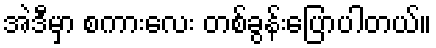
အဲဒီမှာ စကားလေး တစ်ခွန်းပြောပါတယ်။